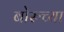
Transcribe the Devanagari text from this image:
बोरुच्या